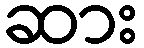
ဆား